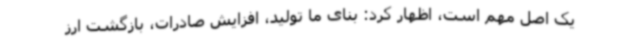
یک اصل مهم است، اظهار کرد: بنای ما تولید، افزایش صادرات، بازگشت ارز